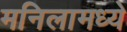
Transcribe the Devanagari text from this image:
मनिलामध्ये